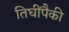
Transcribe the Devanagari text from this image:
तिघींपैकी